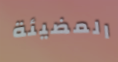
المضيئة